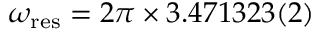
\omega _ { \mathrm { r e s } } = 2 \pi \times 3 . 4 7 1 3 2 3 ( 2 )